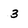
Character: 3